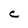
Character: C